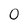
Character: 0